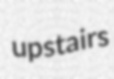
upstairs